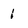
Character: 1